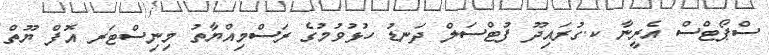
ސްޕޯޓްސް އެރީނާ ކ.ގުރައިދޫ ފުޓްސަލް ދަނޑު ހުޅުވުމުގެ ރަސްމިއްޔާތު މިނިސްޓަރ އޮފް ޔޫތް